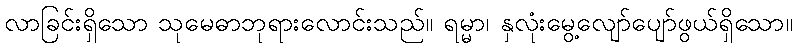
လာခြင်းရှိသော သုမေဓာဘုရားလောင်းသည်။ ရမ္မာ၊ နှလုံးမွေ့လျော်ပျော်ဖွယ်ရှိသော။